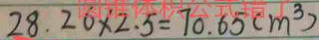
2 8 . 2 6 \times 2 . 5 = 7 0 . 6 5 ( m ^ { 3 } )